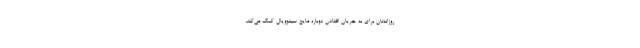
روزانه‌تان برای به جریان افتادن دوباره مایع سینوویال کمک می‌کند.